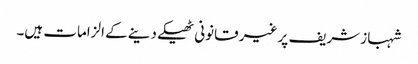
شہباز شریف پر غیر قانونی ٹھیکے دینے کے الزامات ہیں۔